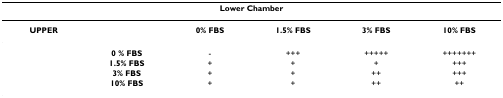
<table><thead><tr><td colspan="6"><b>Lower Chamber</b></td></tr></thead><tbody><tr><td><b>UPPER</b></td><td></td><td><b>0% FBS</b></td><td><b>1.5% FBS</b></td><td><b>3% FBS</b></td><td><b>10% FBS</b></td></tr><tr><td></td><td><b>0 % FBS</b></td><td>-</td><td>+++</td><td>+++++</td><td>+++++++</td></tr><tr><td></td><td><b>1.5% FBS</b></td><td>+</td><td>+</td><td>+</td><td>+++</td></tr><tr><td></td><td><b>3% FBS</b></td><td>+</td><td>+</td><td>++</td><td>+++</td></tr><tr><td></td><td><b>10% FBS</b></td><td>+</td><td>+</td><td>++</td><td>++</td></tr></tbody></table>